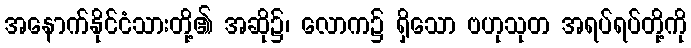
အနောက်နိုင်ငံသားတို့၏ အဆို၌၊ လောက၌ ရှိသော ဗဟုသုတ အရပ်ရပ်တို့ကို